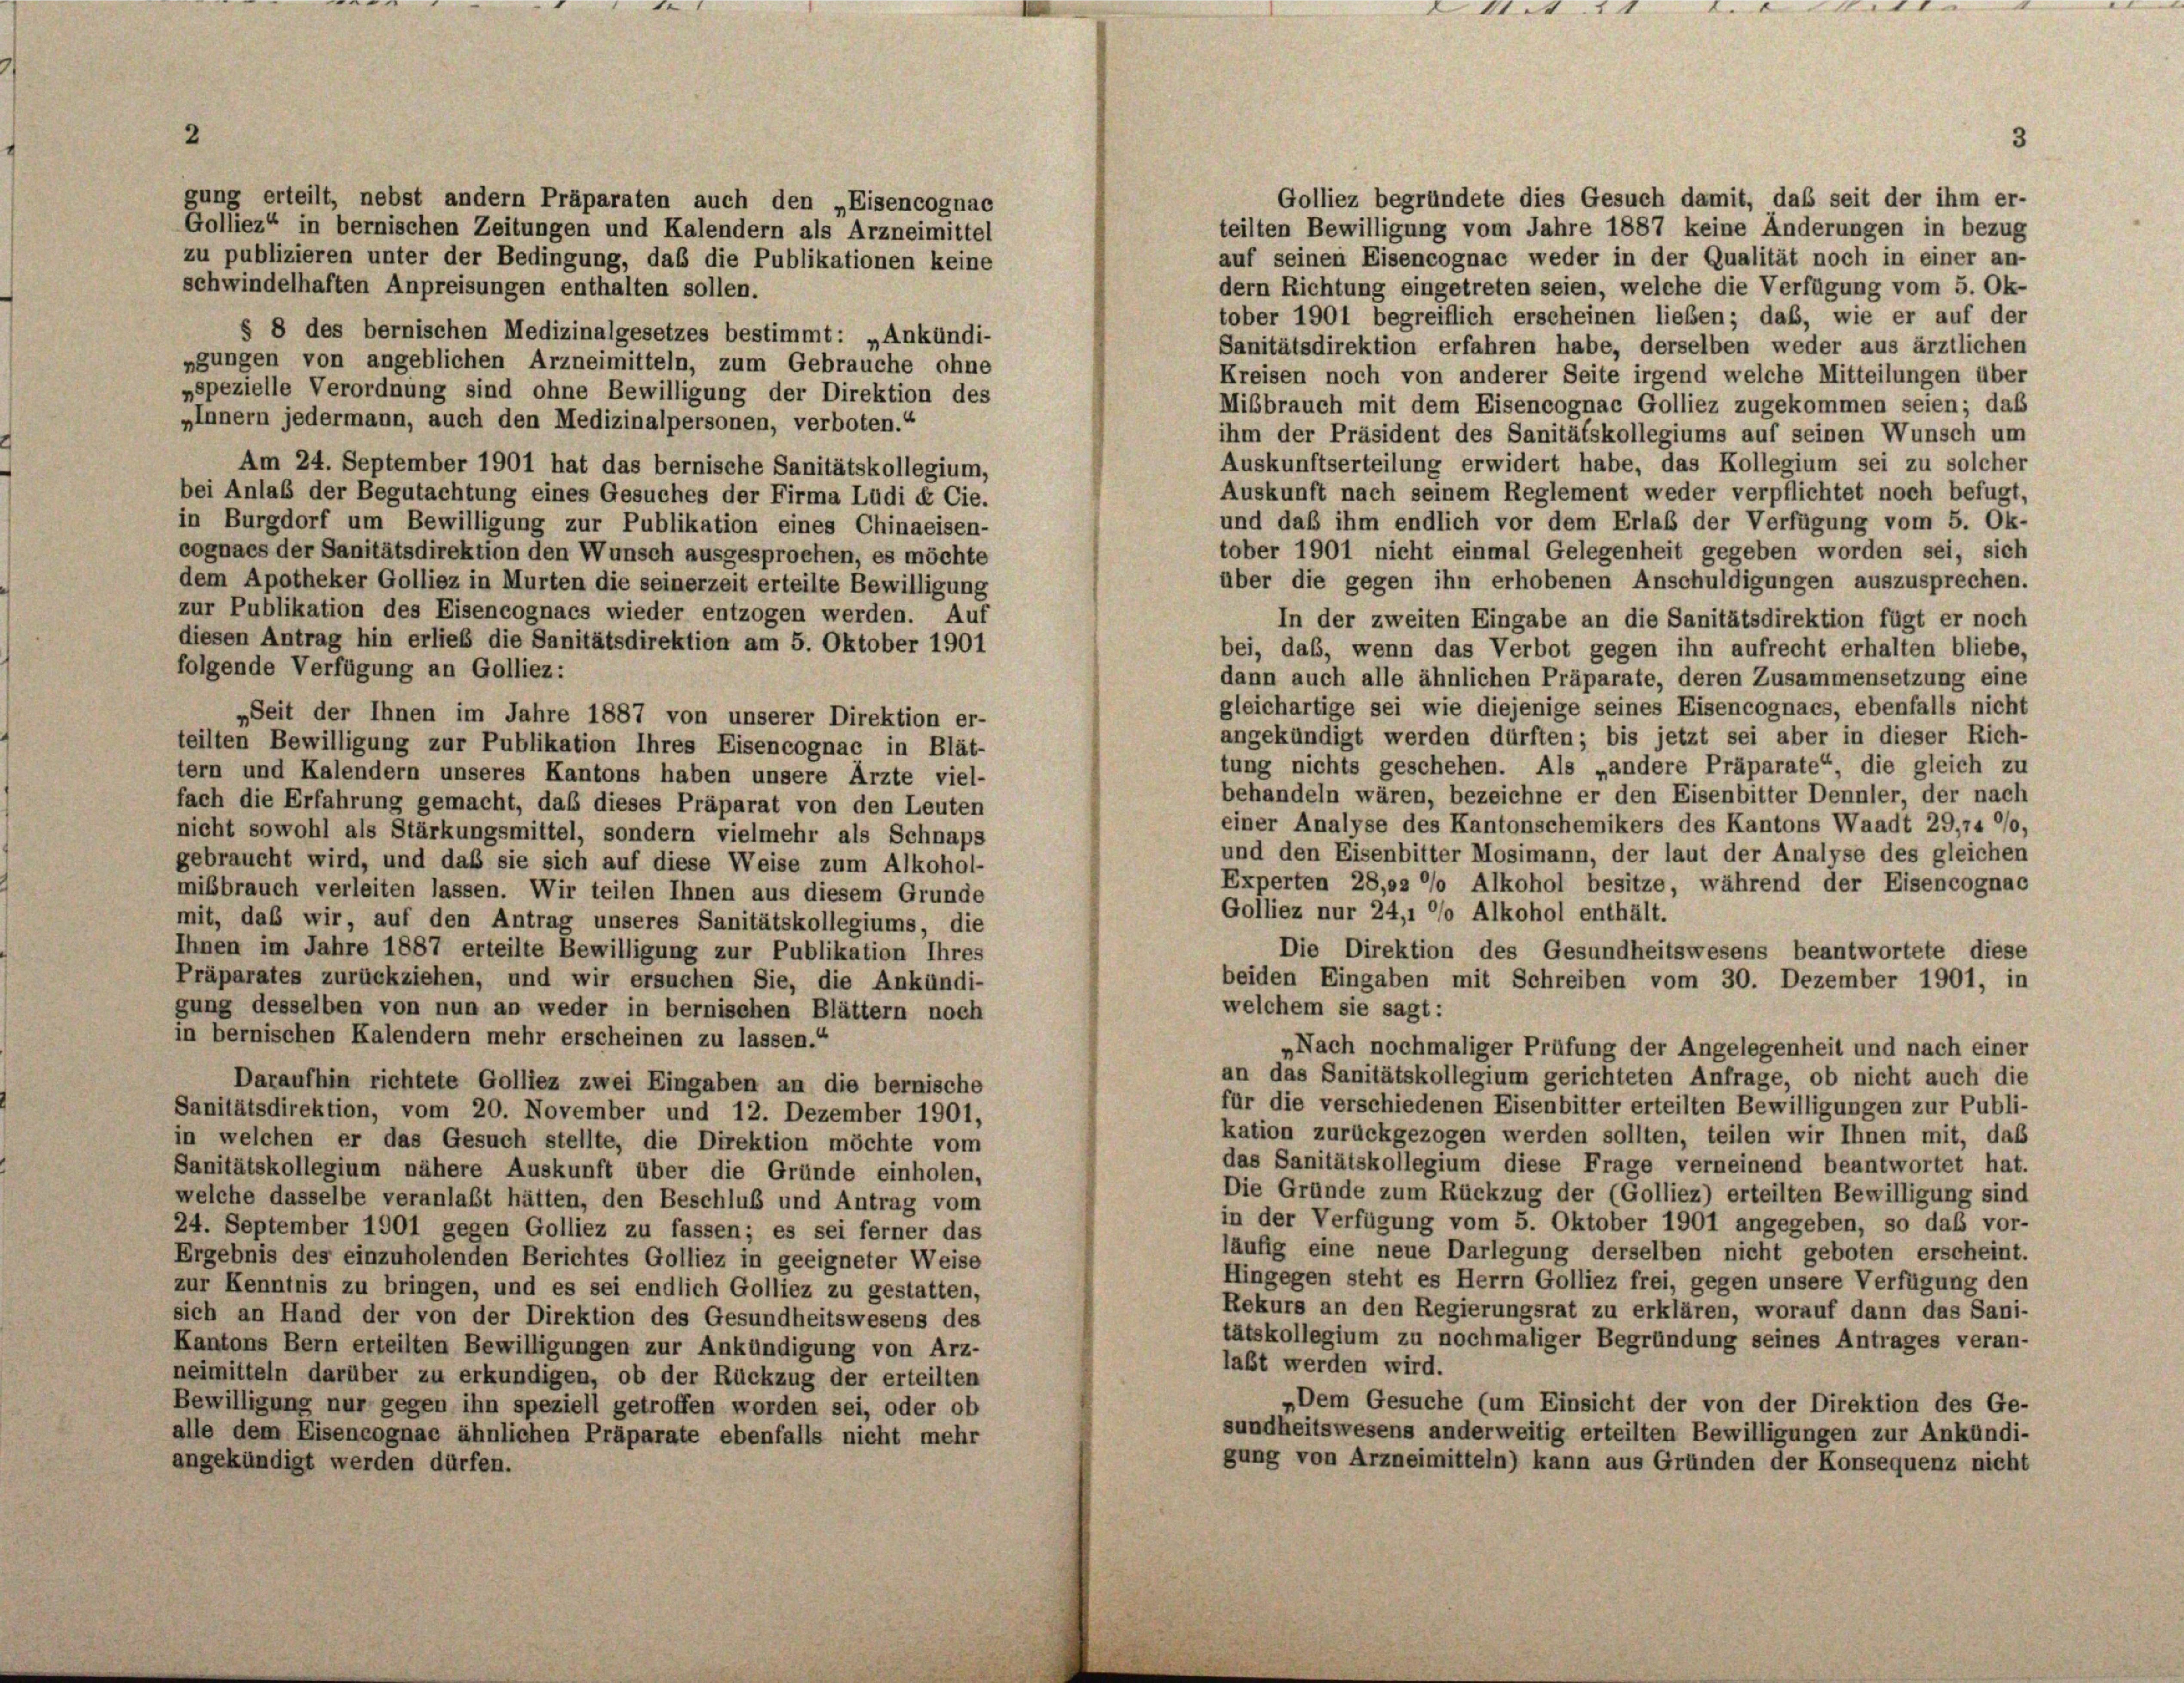
schwindelhaften Anpreisungen enthalten sollen.
dern Richtung eingetreten seien, welche die Verfügung vom 5. Ok-
tober 1901 begreiflich erscheinen lieben; daß, wie er auf der
§ 8 des bernischen Medizinalgesetzes bestimmt: „Ankündi-
Sanitätsdirektion erfahren habe, derselben weder aus ärztlichen
gungen von angeblichen Arzneimitteln, zum Gebrauche ohne
Kreisen noch von anderer Seite irgend welche Mitteilungen über
»spezielle Verordnung sind ohne Bewilligung der Direktion des
Mißbrauch mit dem Eisencognac Golliez zugekommen seien; das
„Innern jedermann, auch den Medizinalpersonen, verboten.“
ihm der Präsident des Sanitätskollegiums auf seinen Wunsch um
Auskunftserteilung erwidert habe, das Kollegium sei zu solcher
Am 24. September 1901 hat das bernische Sanitätskollegium,
Auskunft nach seinem Reglement weder verpflichtet noch befugt,
bei Anlaß der Begutachtung eines Gesuches der Firma Ludi et Cie.
und daß ihm endlich vor dem Erlaß der Verfügung vom 5. Ok-
in Burgdorf um Bewilligung zur Publikation eines Chinaeisen-
tober 1901 nicht einmal Gelegenheit gegeben worden sei, sich
cognaes der Sanitätsdirektion den Wunsch ausgesprochen, es möchte
über die gegen ihn erhobenen Anschuldigungen auszusprechen.
dem Apotheker Golliez in Murten die seinerzeit erteilte Bewilligung
zur Publikation des Eisencognacs wieder entzogen werden. Auf
In der zweiten Eingabe an die Sanitätsdirektion fügt er noch
diesen Antrag hin erlieb die Sanitätsdirektion am 5. Oktober 1901
bei, daß, wenn das Verbot gegen ihn aufrecht erhalten bliebe,
folgende Verfügung an Golliez:
dann auch alle ähnlichen Präparate, deren Zusammensetzung eine
gleichartige sei wie diejenige seines Eisencognacs, ebenfalls nicht
„Seit der Ihnen im Jahre 1887 von unserer Direktion er-
angekündigt werden dürften; bis jetzt sei aber in dieser Rich-
teilten Bewilligung zur Publikation Ihres Eisencognac in Blät-
tung nichts geschehen. Als „andere Präparate“, die gleich zu
tern und Kalendern unseres Kantons haben unsere Arzte viel-
behandeln wären, bezeichne er den Eisenbitter Dennler, der nach
fach die Erfahrung gemacht, daß dieses Präparat von den Leuten
einer Analyse des Kantonschemikers des Kantons Waadt 29,14 °/o,
nicht sowohl als Stärkungsmittel, sondern vielmehr als Schnaps
und den Eisenbitter Mosimann, der laut der Analyse des gleichen
gebraucht wird, und daß sie sich auf diese Weise zum Alkohol-
Experten 28,02 °/o Alkohol besitze, während der Eisencognac
mißbrauch verleiten lassen. Wir teilen Ihnen aus diesem Grunde
Golliez nur 24,1 °/o Alkohol enthält.
mit, daß wir, auf den Antrag unseres Sanitätskollegiums, die
Ihnen im Jahre 1887 erteilte Bewilligung zur Publikation Ihres
Die Direktion des Gesundheitswesens beantwortete diese
Präparates zurückziehen, und wir ersuchen Sie, die Ankündi-
beiden Eingaben mit Schreiben vom 30. Dezember 1901, in
welchem sie sagt:
gung desselben von nun an weder in bernischen Blättern noch
in bernischen Kalendern mehr erscheinen zu lassen.“
„Nach nochmaliger Prüfung der Angelegenheit und nach einer
an das Sanitätskollegium gerichteten Anfrage, ob nicht auch die
Daraufhin richtete Golliez zwei Eingaben an die bernische
für die verschiedenen Eisenbitter erteilten Bewilligungen zur Publi-
Sanitätsdirektion, vom 20. November und 12. Dezember 1901,
kation zurückgezogen werden sollten, teilen wir Ihnen mit, daß
in welchen er das Gesuch stellte, die Direktion möchte vom
das Sanitätskollegium diese Frage verneinend beantwortet hat.
Sanitätskollegium nähere Auskunft über die Gründe einholen,
Die Gründe zum Rückzug der (Golliez) erteilten Bewilligung sind
welche dasselbe veranlaßt hätten, den Beschluß und Antrag vom
in der Verfügung vom 5. Oktober 1901 angegeben, so das vor-
24. September 1901 gegen Golliez zu fassen; es sei ferner das
läufig eine neue Darlegung derselben nicht geboten erscheint.
Ergebnis des einzuholenden Berichtes Golliez in geeigneter Weise
Hingegen steht es Herrn Golliez frei, gegen unsere Verfügung den
zur Kenntnis zu bringen, und es sei endlich Golliez zu gestatten,
Rekurs an den Regierungsrat zu erklären, worauf dann das Sani-
sich an Hand der von der Direktion des Gesundheitswesens des
tätskollegium zu nochmaliger Begründung seines Antrages veran-
Kantons Bern erteilten Bewilligungen zur Ankündigung von Arz-
laßt werden wird.
neimitteln darüber zu erkundigen, ob der Rückzug der erteilten
Dem Gesuche (um Einsicht der von der Direktion des Ge-
Bewilligung nur gegen ihn speziell getroffen worden sei, oder ob
sundheitswesens anderweitig erteilten Bewilligungen zur Ankündi-
alle dem Eisencognae ähnlichen Präparate ebenfalls nicht mehr
gung von Arzneimitteln) kann aus Gründen der Konsequenz nicht
angekündigt werden dürfen.

gung erteilt, nebst andern Präparaten auch den „Eisencognac
Golliez“ in bernischen Zeitungen und Kalendern als Arzneimittel
zu publizieren unter der Bedingung, daß die Publikationen keine

Golliez begründete dies Gesuch damit, das seit der ihm er-
teilten Bewilligung vom Jahre 1887 keine Änderungen in bezug
auf seinen Eisencognac weder in der Qualität noch in einer an-